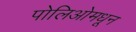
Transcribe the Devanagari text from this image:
पोलिओमधून